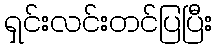
ရှင်းလင်းတင်ပြပြီး